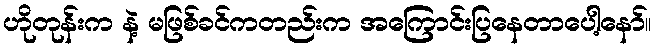
ဟိုတုန်းက နဲ့ မဖြစ်ခင်ကတည်းက အကြောင်းပြနေတာပေါ့နော်။